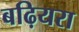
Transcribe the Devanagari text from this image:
बढ़ियरा